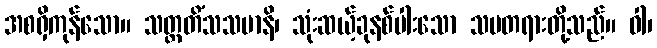
အစရှိကုန်သော။ သတ္တတိံသသမာနိ၊ သုံးဆယ့်ခုနစ်ပါးသော သမတရားတို့သည်။ ဝါ၊